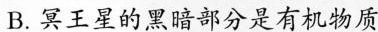
B. 冥王星的黑暗部分是有机物质